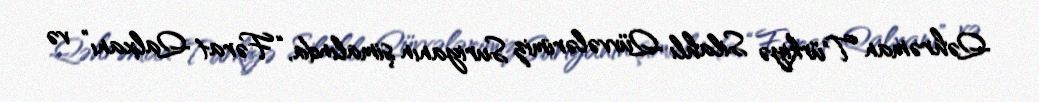
Qəhrəman Türkiyə Silahlı Qüvvələrimiz Suriyanın şimalında, “Fərat Qalxanı” və